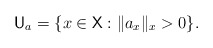
\begin{align*} \mathsf U_a = \{ x \in \mathsf X : \| a_x \|_x > 0 \}. \end{align*}